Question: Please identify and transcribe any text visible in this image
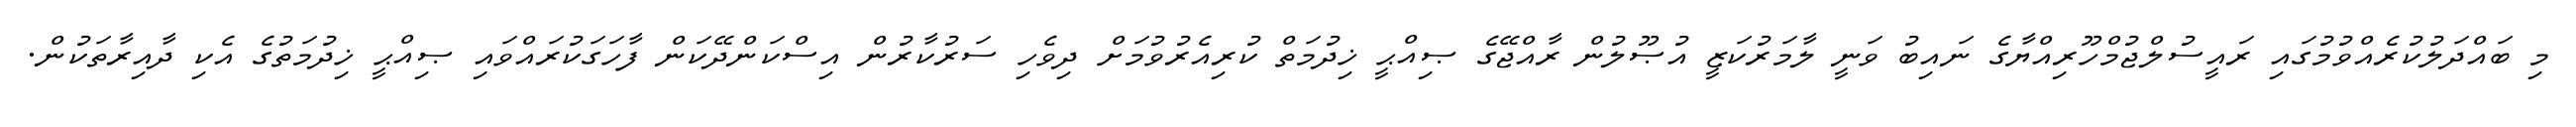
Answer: މި ބައްދަލުކުރެއްވުމުގައި ރައީސުލްޖުމްހޫރިއްޔާގެ ނައިބު ވަނީ ލާމަރުކަޒީ އުޞޫލުން ރާއްޖޭގެ ޞިއްޙީ ޚިދުމަތް ކުރިއެރުވުމަށް ދިވެހި ސަރުކާރުން އިސްކަންދޭކަން ފާހަގަކުރައްވައި ޞިއްޙީ ޚިދުމަތުގެ އެކި ދާއިރާތަކުން.